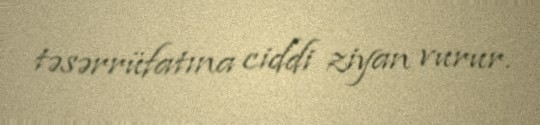
təsərrüfatına ciddi ziyan vurur.